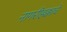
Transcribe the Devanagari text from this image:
नागरीहक्काचे